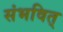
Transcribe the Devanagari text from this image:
संभवित्